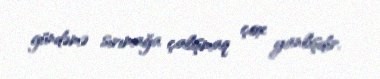
gündəmə sırımağa çalışmaq çox yanlışdır.